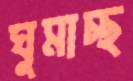
ঘুমাচ্ছ